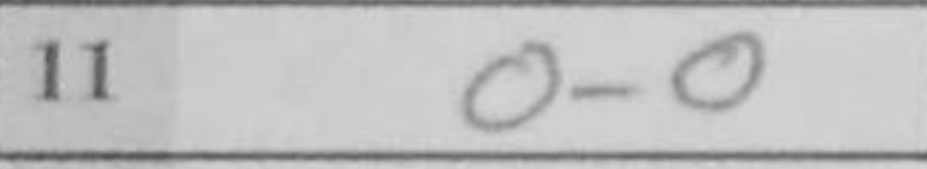
Transcription: O-O